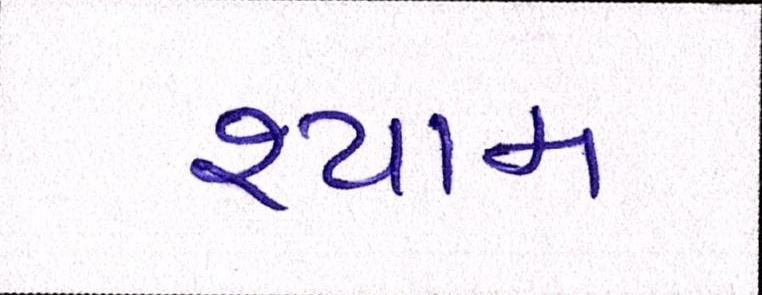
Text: શ્યામ